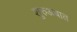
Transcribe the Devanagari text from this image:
शुरुअबात